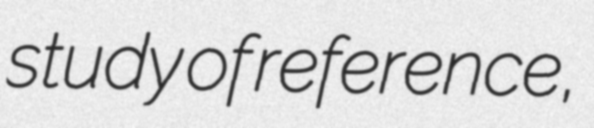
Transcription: study of reference,